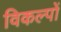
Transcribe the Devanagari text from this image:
विकल्‍पों